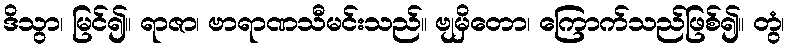
ဒိသွာ၊ မြင်၍။ ရာဇာ၊ ဗာရာဏသီမင်းသည်။ ဗျမှိတော၊ ကြောက်သည်ဖြစ်၍။ တွံ၊